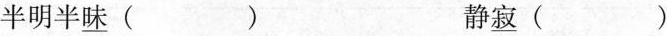
半明半\underline{昧} () 静\underline{寂} ()